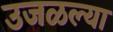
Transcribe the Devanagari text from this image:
उजळल्या